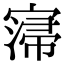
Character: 𡩻